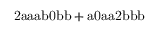
\mathrm { 2 a a a b 0 b b + a 0 a a 2 b b b }